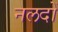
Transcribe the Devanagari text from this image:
नलदों